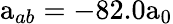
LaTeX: \mathrm{a}_{ab}=-82.0\mathrm{a}_{0}